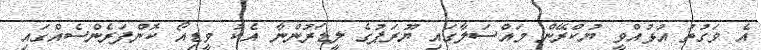
އެ ވަގުތު އުޅުއްވީ ޔުކްރޭން މައްސަލާގައި ޔޫރަޕުގެ ލީޑަރުންނާ އެކު ވީޑިއޯ ކޮންފަރެންސެއްގައި